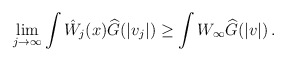
\begin{align*}\begin{aligned}&\lim_{j\to\infty}\int\hat{W}_j(x)\widehat G (|v_j|)\geq \int{W}_\infty\widehat G (|v|) \, .\end{aligned}\end{align*}